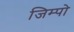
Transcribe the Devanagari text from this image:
जिम्पो